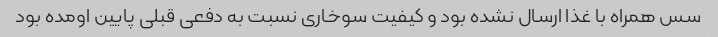
سس همراه با غذا ارسال نشده بود و کیفیت سوخاری نسبت به دفعی قبلی پایین اومده بود